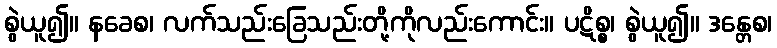
စွဲယူ၍။ နခေစ၊ လက်သည်းခြေသည်းတို့ကိုလည်းကောင်း။ ပဋိစ္စ၊ စွဲယူ၍။ ဒန္တေစ၊